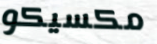
مكسيكو